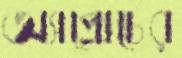
অ্যাপ্রোচের